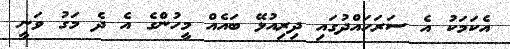
އެކަމަކު އެ ސަރަހައްދުގައި ދިރިއުޅޭ ބައެއް މީހުންގެ އެ ދެ މަގު ވަނީ